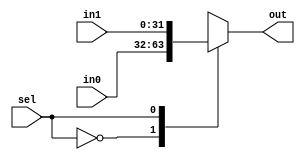
module mux_2to1(in0, in1, sel, out);
	parameter integer N = 32;

	input [N-1:0] in0, in1;
	input sel;
	output reg [N-1:0] out;


	always@ (sel or in0 or in1) begin
		case (sel)
			0 : out <= in0;
			1 : out <= in1;
			default : out <= in0;
		endcase
	end

endmodule